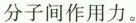
分子间作用力。